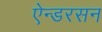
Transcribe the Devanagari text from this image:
ऐन्डरसन